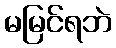
မမြင်ရဘဲ